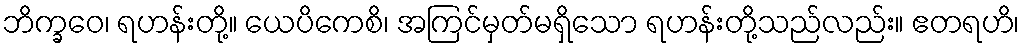
ဘိက္ခဝေ၊ ရဟန်းတို့။ ယေပိကေစိ၊ အကြင်မှတ်မရှိသော ရဟန်းတို့သည်လည်း။ ဧတရဟိ၊